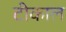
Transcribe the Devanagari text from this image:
टीकाल